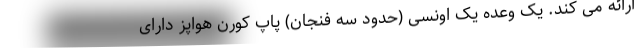
ارائه می کند. یک وعده یک اونسی (حدود سه فنجان) پاپ کورن هواپز دارای